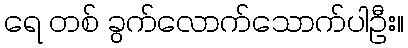
ရေ တစ် ခွက်လောက်သောက်ပါဦး။